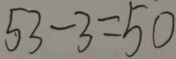
5 3 - 3 = 5 0